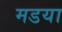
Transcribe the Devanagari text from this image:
मडया